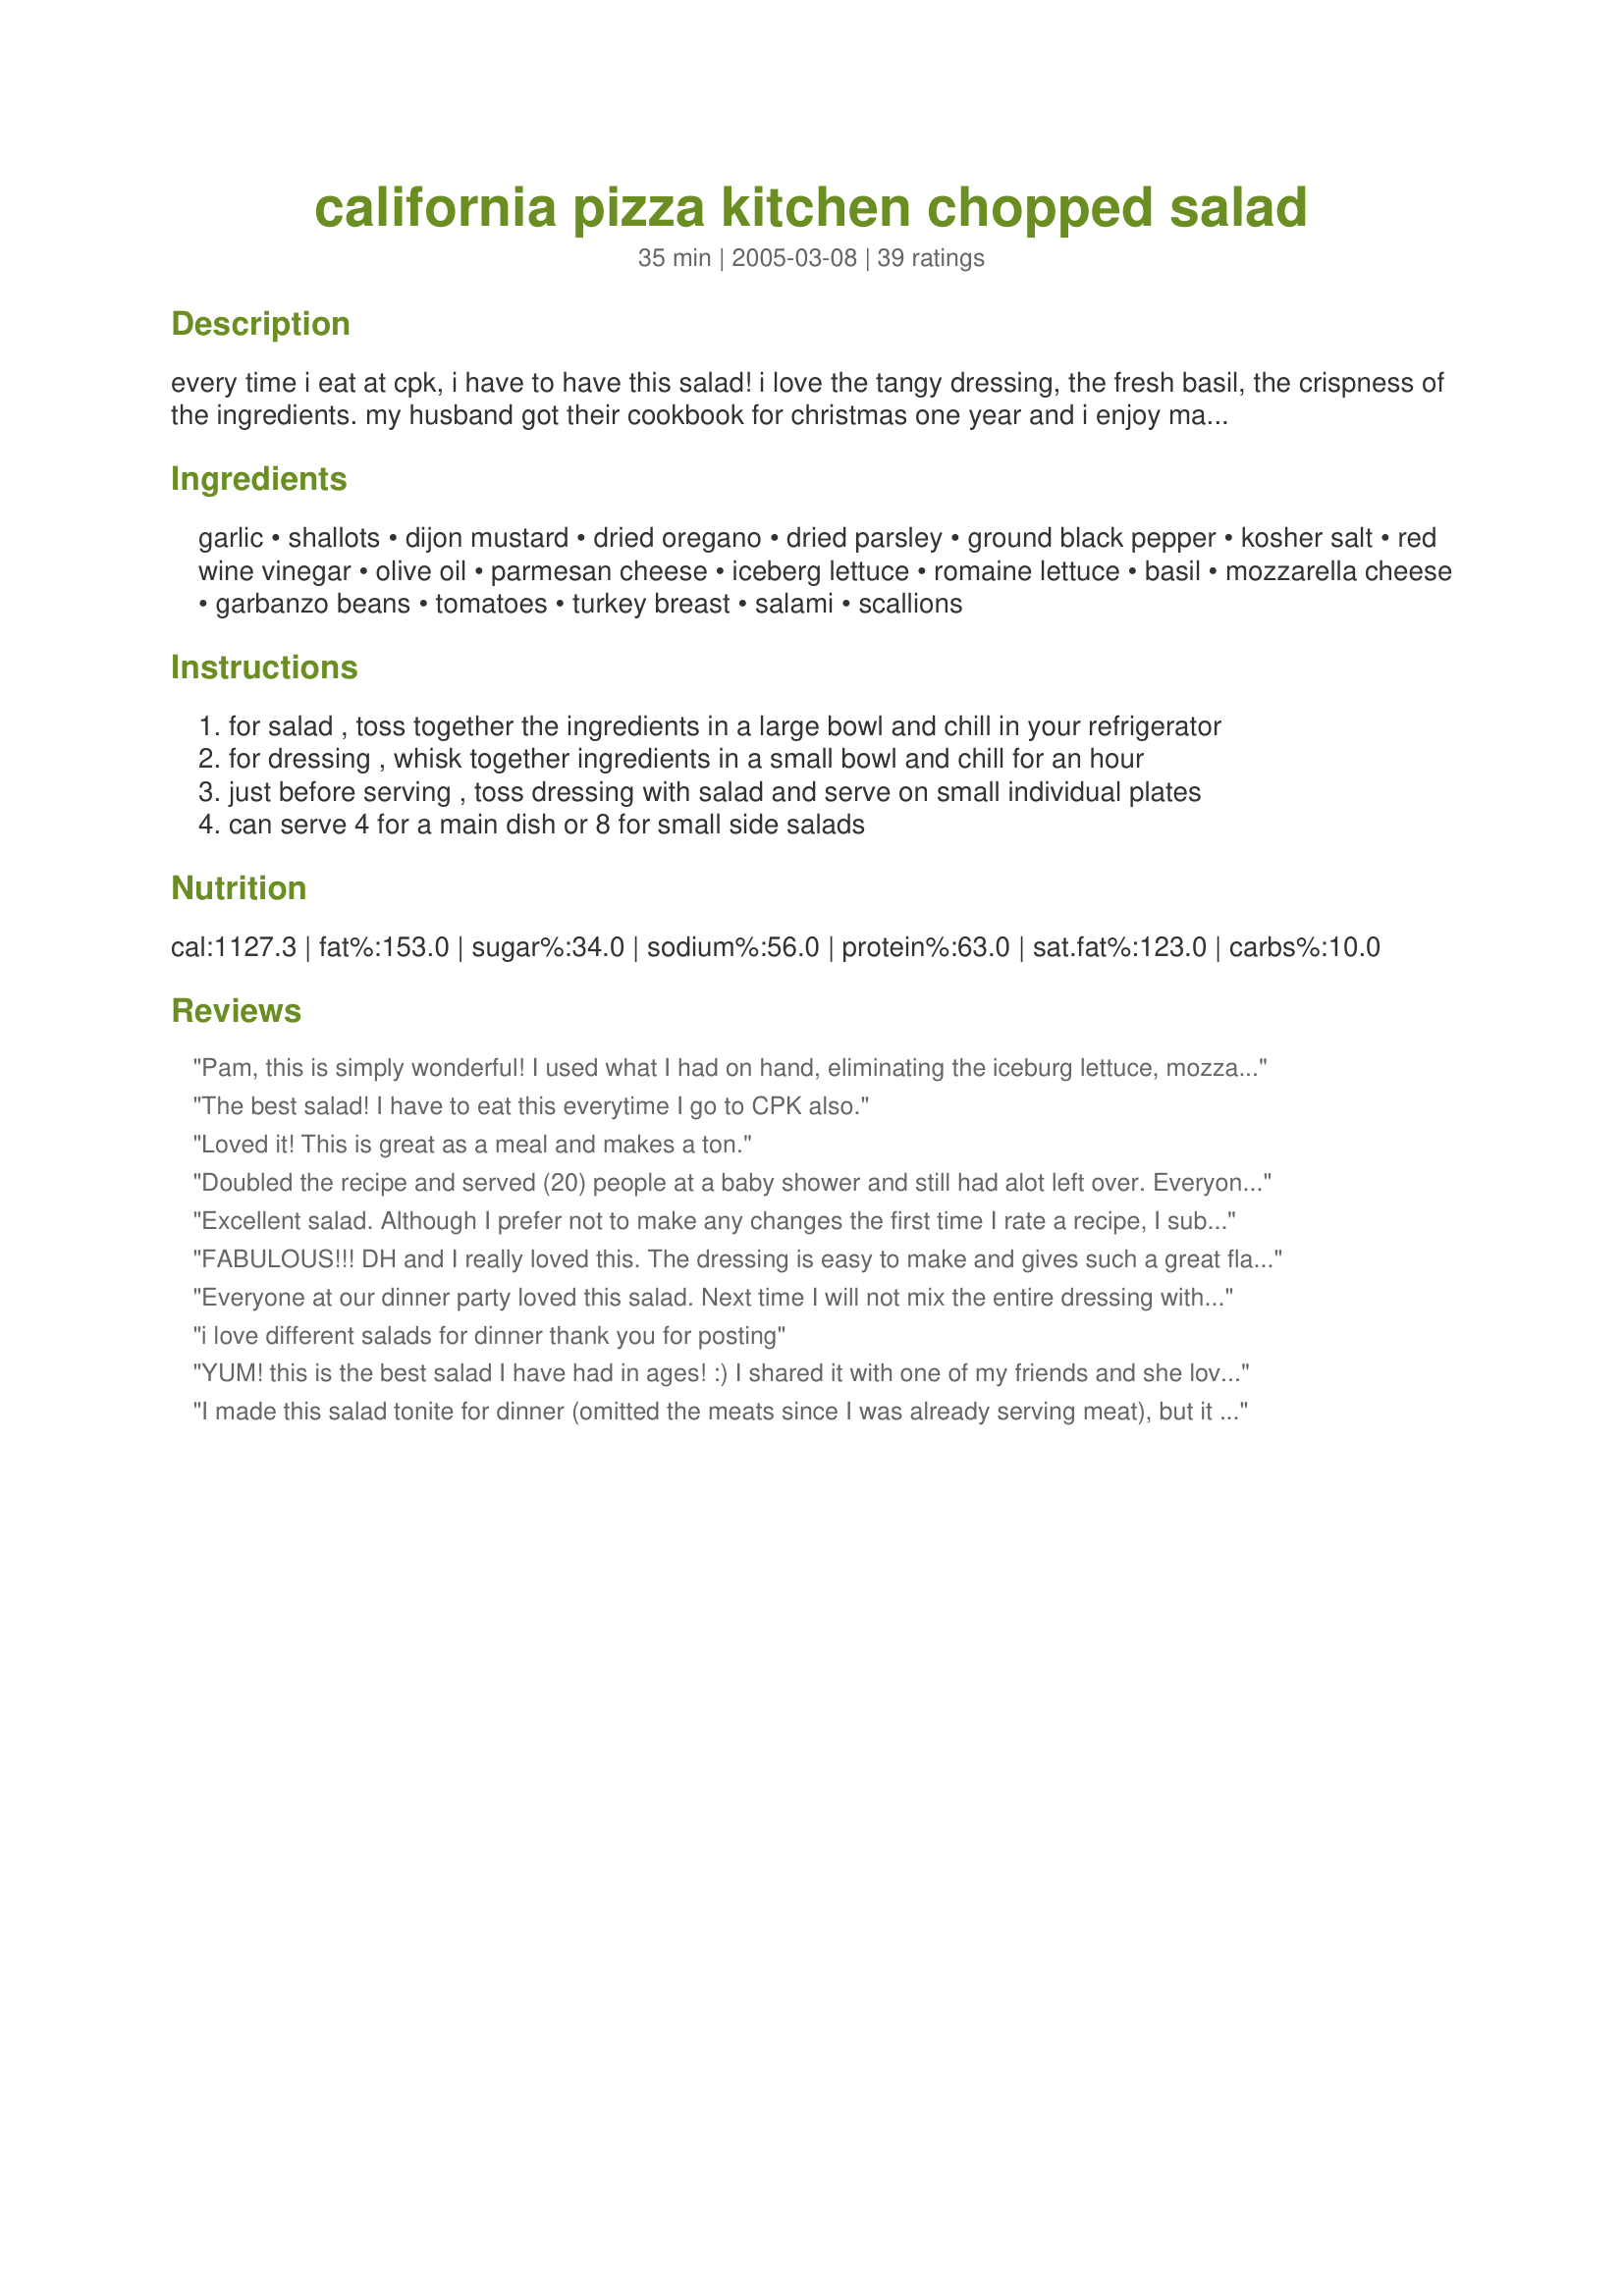
california pizza kitchen chopped salad
Preparation time: 35 minutes

every time i eat at cpk, i have to have this salad! i love the tangy dressing, the fresh basil, the crispness of the ingredients. my husband got their cookbook for christmas one year and i enjoy making it at home occasionally too!

Ingredients:
garlic, shallots, dijon mustard, dried oregano, dried parsley, ground black pepper, kosher salt, red wine vinegar, olive oil, parmesan cheese, iceberg lettuce, romaine lettuce, basil, mozzarella cheese, garbanzo beans, tomatoes, turkey breast, salami, scallions

Steps:
for salad , toss together the ingredients in a large bowl and chill in your refrigerator
for dressing , whisk together ingredients in a small bowl and chill for an hour
just before serving , toss dressing with salad and serve on small individual plates
can serve 4 for a main dish or 8 for small side salads

Reviews:
Pam, this is simply wonderful! I used what I had on hand, eliminating the iceburg lettuce, mozzarella and salami. The dressing for this salad is really good! Wonderful flavor combinations created here! I will definitely use this recipe again! Thank you so much!
The best salad! I have to eat this everytime I go to CPK also.
Loved it! This is great as a meal and makes a ton.
Doubled the recipe and served (20) people at a baby shower and still had alot left over. Everyone loved it! I made the mistake of just pouring all of the dressing into the salad mixture and ended up adding another head of lettuce. Have already emailed the recipe to others who requested it.
Excellent salad. Although I prefer not to make any changes the first time I rate a recipe, I subbed a large can of black olives, coarsely chopped for the tomatoes and added just a little more salami than called for. We gobbled it up - a wonderful "summer" meal!
FABULOUS!!! DH and I really loved this. The dressing is easy to make and gives such a great flavor to the basil in the salad. This really is a step up for DH because the only dressing he usually goes for is creamy ranch. blech! I will make this often and maybe add in different kinds of beans and some corn. Thanks again for posting this!
Everyone at our dinner party loved this salad. Next time I will not mix the entire dressing with the greens. There was some salad left over and by the next day it would have been mush. I made the dressing 2 days early for the flavors to meld and then let it come to room temp before tossing with the salad.
i love different salads for dinner thank you for posting
YUM! this is the best salad I have had in ages! :) I shared it with one of my friends and she loved it as well. I did leave out the basil, reason being I failed to buy it at the store (I forgot it) I also used grilled chicken breast in place of the turkey. The flavor of the dressing is just awesome! Thank you so much Pam for sharing the recipe :) its a keeper!!
I made this salad tonite for dinner (omitted the meats since I was already serving meat), but it was definityly worth the effort of cutting up the salad. The dressing was delicious and I'm not usually real fond of oil and vinegar dressing. I'll definitely be making again and should make an excellent lunch with adding the meats. Thanks for posting.
This was an amazing salad! Usually when people come over the salad just barely gets touched. This one got rave reviews and no leftovers! Wow. Thanks for a great recipe!
So great! My husband even loved it! I used chicken instead of turkey and used only 2 cups or so. I also only used 1/2 cup of oil and increased the vinegar to 2/3 cup. It was great! Thanks for posting Pam-I-Am!
This salad was a hard one, because we loved everything about it except the shallots. They were so overpowering that it was hard to enjoy the salad. I think next time we'll try something less pungent. There will definitely be a next time though!
I haven't made this yet but I am SOOO EXCITED because I LOVE this salad!! I used to live right by a CPK, but moved and have suffered cravings for this salad with no relief. Until now. Thanks for posting, Pam-I-Am!!
It's a great salad but not for everyone- has distinct flavoring. Makes quite a bit.
I just made the dressing and it came out delicious! This is going to be my go to dressing for company. I did use an immersion blender to mix it because the whisk wasn't cutting it. I used about a cup of oil, half evoo and half canola. I also added a pinch of sugar.
This recipe was a big hit! I used fresh morzerella in it but otherwise followed the recipe....
I just made the dressing portion of this recipe, and I didn't make any changes to the recipe. It is excellent. I didn't even let it sit to meld the flavors before trying it on some of the iceberg lettuce I had waiting. This dressing is going to become one of the staples that I always have on hand. I can't wait to see what my mother thinks about it, we are the family salad connoisseurs.
I was surprised to get so many compliments on the salad. It was a hit. I didn't add any of the meat --- I think it was the dressing and the crispness that everyone liked. We'll be making it again!
very, very good!! My company loved it too:) I used green onions instead of the scallions and put hard-boiled eggs in, instead of the turkey! Very tasty salad, would be good with grilled chicken!
This was really, really tasty. I added roasted red peppers to it, and loved it. Next time I'm going to try some artichoke hearts and banana pepper rings as well. The only thing I'd change about the recipe is to reduce the amount of olive oil in the dressing, it was a bit oily for my tastes. VERY VERY GOOD. Thanks for posting.
My adult son visited the other nite for dinner and proceeded to raid the fridge for munchies as I was cooking. This salad (from the nite before his visit) was supposed to be a side dish with another meal. There was nothing left. My hubby and both sons pronounced it the bomb! I too, didn't add the meats and it was delish. I'll definitely make again.
I always love a good restaurant salad and this one definitely is one! The dressing is so flavorful. I did use green onions instead of shallots, since mine didn't look fresh. Other than that I followed the recipe exactly. I appreciate your posting it!

Roxygirl in Colo.
Made the dressing to put on a greens salad we'd already chopped, which had no turkey, no salami, no cheese. It was awesome. We just added it by spoon to the salad on our plates like we would dressing out of the bottle because we wanted to control calories, etc. The balance of flavors was fantastic. We had it again today for lunch on a different salad that was all romaine with chopped veggies and a small amount of chopped bacon and avocado and we just flipped out at how great it was. And we just might make another salad for dinner tonight so we can have it again. That's how good it was. Btw, we went with just 1 cup of olive oil and I didn't add the parsley. Went high end on parm.
I really enjoyed this salad but made several changes so it would be healthier (lower sodium, fat, calories). I deleted all meat, used only romaine, used only 2 cups of reduced fat mozarella, added green pepper (olives would be good too), and made the dressing as instructed but added a teaspoon of sweetener.
A huge fan of this salad in the restaurant (I make trips there JUST to eat this). Wonderful recipe, tastes just like at CPk. Thanks!
I made the recipe as instructed except, I used all romaine lettuce, green onion, and cherry tomatoes. I did not measure the toppings, but just added amounts that seemed right. Next time, i will definately add olives. This is a restaurant quality salad.
Delicious! I substituted chicken for the turkey and used beef salami (I don't eat pork). Otherwise it was the same. Try adding a bit of ground cumin for a little surprise. Photo here: http://www.43things.com/entries/image/348738?t=e
Really yummy and my husband can't wait for us to have it again. I did not have quite as much turkey (maybe had 2 cups) or tomatoes (had about 6 small tomatoes) but it was still a really good blend of flavors. I also used about 4 T of fresh parsley as I didn't have any dried parsley. When I made the dressing I reduced the oil to about 3/4 cup. When tasting the dressing alone, I thought it was going to be too mustard-y, but don't worry, once you add it to the whole salad, the flavors meld beautifully. This fed 3 adults very well (but keep in mind I had less meat), just served it with some crackers and wine for a dinner outside in the garden. Will definitely do again sometime soon.
I made only the dressing from this recipe, and I thought it lacked something. I doctored it up a bit and it was o.k. 
Seeing how many great reviews this recipe has, I kept asking myself what went wrong. Thank you for the chance to make this recipe.
Yummy! I made 2 servings almost every night for a week (till the ingredients ran out) We never got tired of it...partly because we could make it fresh every time! I cut the oil down to 1/3 cup in the dressing, it was still very good.
This is a great salad dressing. It is flavorful without being too salty or overpowering.

I have not used the salad combination indicated here. I've used the dressing with a combination of cured olives, leaf lettuces, cucumbers, tomatoes, feta cheese and onion - all chopped fairly small so that every bite has a taste of everything. Great!
Yummy. I changed a little. I left out the turkey and added roasted red and yellow pwpper. I also used a creamy basil vinegarette, as suggested by my daughter.
Excellent salad. I made half a recipe and DH said it was the best salad ever. The dressing emulsified beautifully and the flavor is out of this world good. We will have this one often. Served with Recipe #123588.
This was a really good salad! I halved the recipe, but ended up adding a lot more lettuce (I thought there was too much meat) so it still made enough for 2 entree servings, then left overs for lunch the next day. I didn't toss the dressing with the salad, just put it on top. Thanks for a yummy recipe!
Wonderful salad. The dressing alone is worth making. The salad was huge and fed 3 adults and 2 children (we did have some leftovers and we didn't put the dressing all over the salad, but added it, in case we would have leftovers). In my opinion, the dressing was even better the next day as the flavors set up. I will definately make again and even would make for a pot-luck if I get a chance. Thanks!
I brought this to a party and everyone loved it. At least 5 people asked for the recipe! Definitely cut the oil by at least half - I only used 1/2 cup - and it was great. I will make this again and again!
Fantastico!!!!
Amazing! I added some avocado and used fresh herbs in the dressing. The result was a salad that I could eat every single day, no kidding. Thank you so much for sharing this recipe with us.
